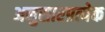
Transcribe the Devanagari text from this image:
अनुसारप्रत्येक